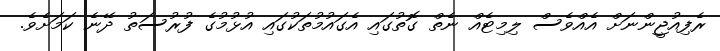
ރެފިއުޖީންނަށް އެއްވެސް ލިމިޓެއް ނެތް ގޮތުގައި އެގައުމުތަކުގައި އުޅުމުގެ ފުރުސަތު ދޭނެ ކަމަށެވެ.